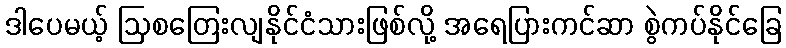
ဒါပေမယ့် ဩစတြေးလျနိုင်ငံသားဖြစ်လို့ အရေပြားကင်ဆာ စွဲကပ်နိုင်ခြေ